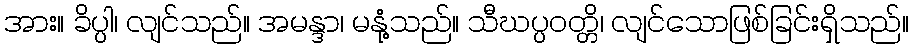
အား။ ခိပ္ပါ၊ လျင်သည်။ အမန္ဒာ၊ မနုံ့သည်။ သီဃပ္ပဝတ္တိ၊ လျင်သောဖြစ်ခြင်းရှိသည်။